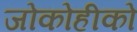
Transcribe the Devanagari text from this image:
जोकोहीको